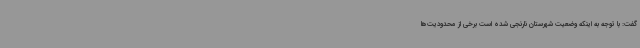
گفت: با توجه به اینکه وضعیت شهرستان نارنجی شده است برخی از محدودیت‌ها